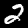
Label: 2